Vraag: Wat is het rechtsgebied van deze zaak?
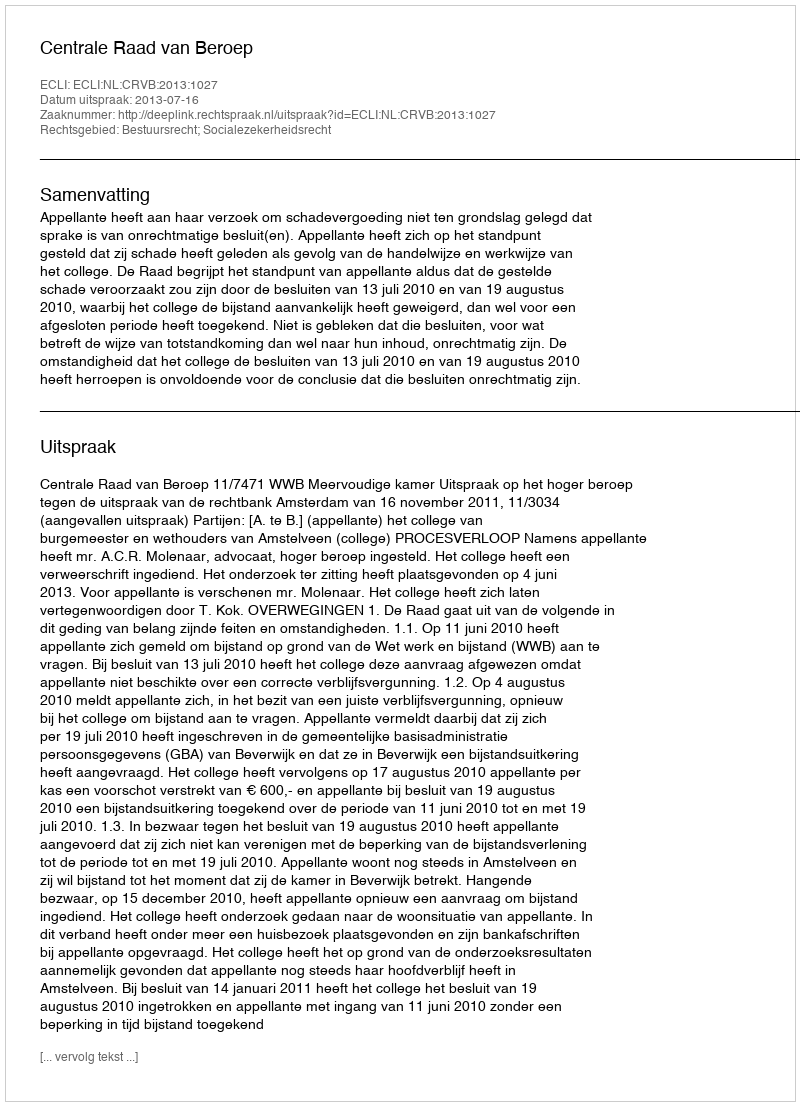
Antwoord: Bestuursrecht; Socialezekerheidsrecht